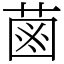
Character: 𦳊